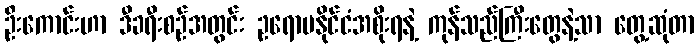
ဦးကောင်းဟာ ဒီခရီးစဉ်အတွင်း ဥရောပနိုင်ငံအစိုးရနဲ့ ကုန်သည်ကြီးတွေနဲ့သာ တွေ့ဆုံတာ